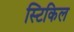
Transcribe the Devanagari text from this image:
स्टिकिल